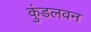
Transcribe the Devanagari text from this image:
कुंडलवन